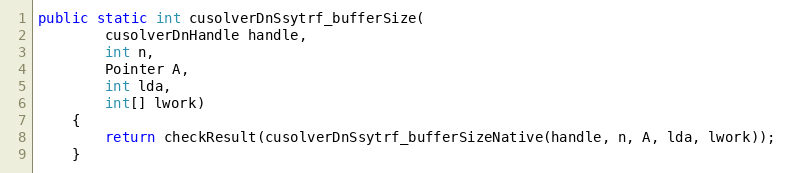
Language: Java
public static int cusolverDnSsytrf_bufferSize(
        cusolverDnHandle handle,
        int n,
        Pointer A,
        int lda,
        int[] lwork)
    {
        return checkResult(cusolverDnSsytrf_bufferSizeNative(handle, n, A, lda, lwork));
    }